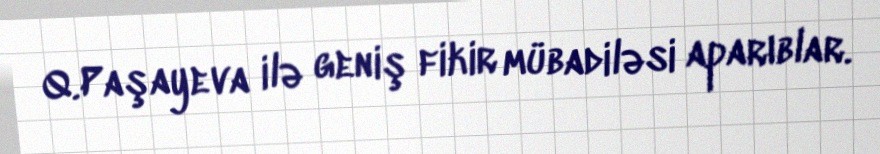
Q.Paşayeva ilə geniş fikir mübadiləsi aparıblar.